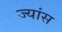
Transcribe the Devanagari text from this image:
ज्यांस